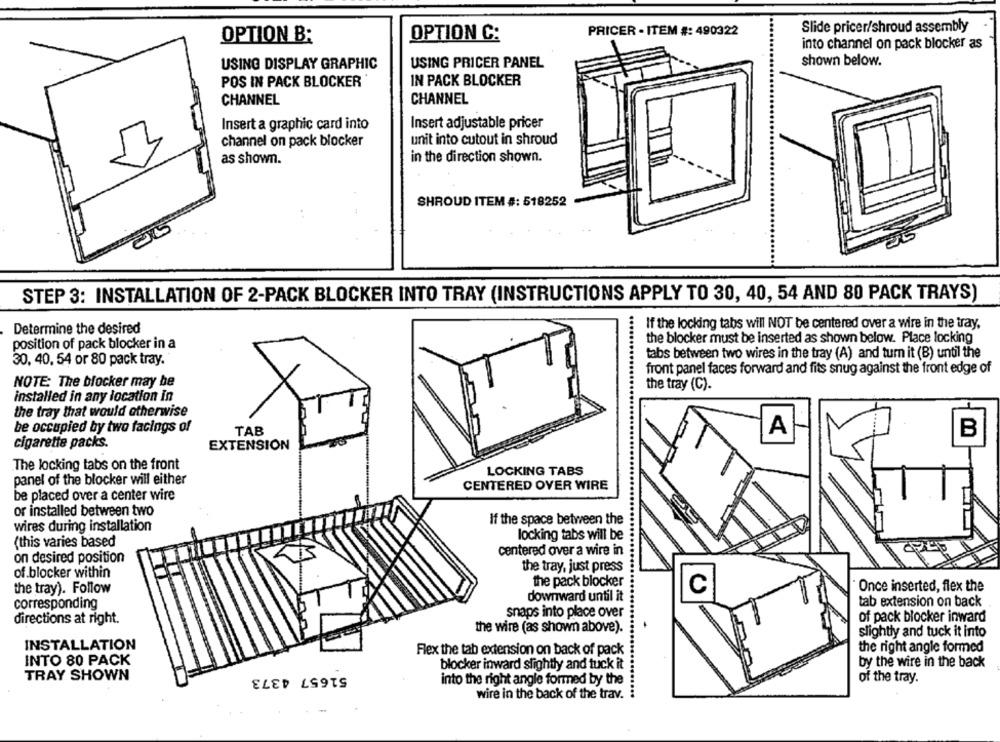
Slide pricer/shroud assembly
OPTION C:
PRICER - ITEM #: 490322
OPTION B:
into channel on pack blocker as
USING DISPLAY GRAPHIC
USING PRICER PANEL
shown below.
IN PACK BLOCKER
POS IN PACK BLOCKER
CHANNEL
CHANNEL
Insert a graphic card into
Insert adjustable pricer
channel on pack blocker
unit into cutout in shroud
as shown.
in the direction shown.
SHROUD ITEM #: 518252
05
STEP 3: INSTALLATION OF 2-PACK BLOCKER INTO TRAY (INSTRUCTIONS APPLY TO 30, 40, 54 AND 80 PACK TRAYS)
If the locking tabs will NOT be centered over a wire in the tray,
Determine the desired
the blocker must be inserted as shown below. Place locking
position of pack blocker in a
tabs between two wires in the tray (A) and turn it (B) until the
30, 40, 54 or 80 pack tray.
front panel faces forward and fits snug against the front edge of
NOTE: The blocker may be
the tray (C).
installed in any location in
the tray that would otherwise
be occupied by two facings of
A
B
TAB
cigarette packs.
EXTENSION
The locking tabs on the front
LOCKING TABS
panel of the blocker will either
CENTERED OVER WIRE
be placed over a center wire
or installed between two
If the space between the
wires during installation
(this varies based
locking tabs will be
centered over a wire in
on desired position
the tray, just press
of blocker within
the pack blocker
the tray). Follow
C
Once inserted, flex the
downward until it
corresponding
tab extension on back
snaps into place over
directions at right.
of pack blocker inward
the wire (as shown above).
slightly and tuck it into
INSTALLATION
Flex the tab extension on back of pack
the right angle formed
INTO 80 PACK
blocker inward slightly and tuck it
by the wire in the back
51657 4373
TRAY SHOWN
into the right angle formed by the
of the tray.
wire in the back of the trav. :
.......